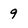
Character: 9